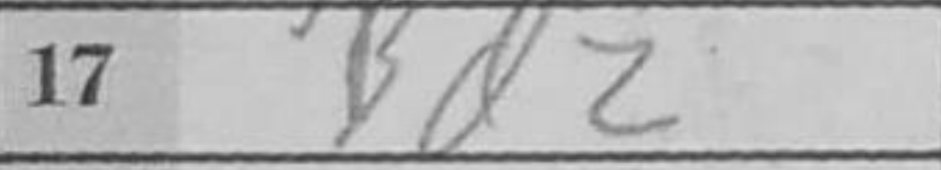
Transcription: Bd2